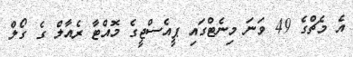
އެ މެޗްގެ 49 ވަނަ މިނެޓްގައި ޕީއެސްޖީގެ މޮއްޓާ ރެއާލް ގެ ގޯލް